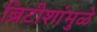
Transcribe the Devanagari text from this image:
ब्रिटीशांमुळे